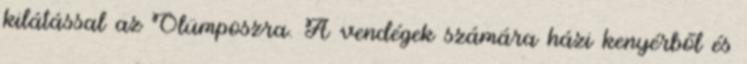
kilátással az Olümposzra. A vendégek számára házi kenyérből és